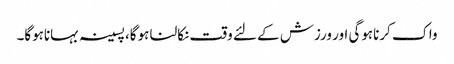
واک کرناہوگی اور ورزش کے لئے وقت نکالنا ہوگا، پسینہ بہاناہوگا۔